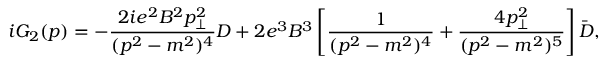
i { \cal G } _ { 2 } ( p ) = - { \frac { 2 i e ^ { 2 } B ^ { 2 } p _ { \bot } ^ { 2 } } { ( p ^ { 2 } - m ^ { 2 } ) ^ { 4 } } } D + 2 e ^ { 3 } B ^ { 3 } \left[ { \frac { 1 } { ( p ^ { 2 } - m ^ { 2 } ) ^ { 4 } } } + { \frac { 4 p _ { \bot } ^ { 2 } } { ( p ^ { 2 } - m ^ { 2 } ) ^ { 5 } } } \right] \bar { D } ,